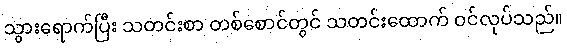
သွားရောက်ပြီး သတင်းစာ တစ်စောင်တွင် သတင်းထောက် ဝင်လုပ်သည်။